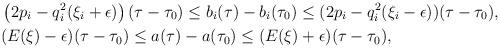
LaTeX: \begin{align*}& \left (2p_i -q_i^2 (\xi_i + \epsilon) \right ) (\tau - \tau_0) \leq b_{i} (\tau) - b_{i}(\tau_0)\leq (2p_i -q_i^2 (\xi_i - \epsilon)) (\tau -\tau_0), \\& (E(\xi) - \epsilon) (\tau -\tau_0) \leq a(\tau) - a(\tau_0) \leq (E(\xi) +\epsilon) (\tau - \tau_0), \end{align*}